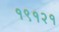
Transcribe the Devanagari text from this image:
१९१२१